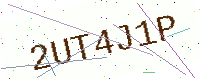
Text: 2UT4J1P